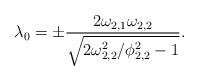
LaTeX: \begin{align*}\lambda _0=\pm \frac{2\omega _{2,1}\omega _{2,2}}{\sqrt{2\omega _{2,2}^2/\phi _{2,2}^2-1}}.\end{align*}